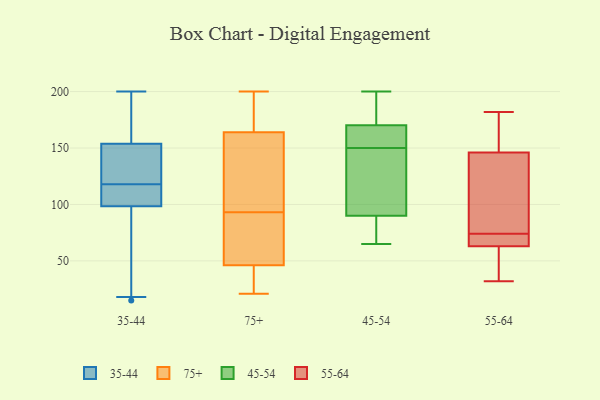
{"axis": {"x": "Churn Rate (%)", "y": "Value"}, "legend": ["35-44", "45-54", "55-64", "75+"], "data": [{"x": "", "y": 155, "type": "35-44"}, {"x": "", "y": 180, "type": "35-44"}, {"x": "", "y": 55, "type": "35-44"}, {"x": "", "y": 170, "type": "35-44"}, {"x": "", "y": 18, "type": "35-44"}, {"x": "", "y": 118, "type": "35-44"}, {"x": "", "y": 116, "type": "35-44"}, {"x": "", "y": 143, "type": "35-44"}, {"x": "", "y": 52, "type": "35-44"}, {"x": "", "y": 127, "type": "35-44"}, {"x": "", "y": 108, "type": "35-44"}, {"x": "", "y": 115, "type": "35-44"}, {"x": "", "y": 15, "type": "35-44"}, {"x": "", "y": 96, "type": "35-44"}, {"x": "", "y": 120, "type": "35-44"}, {"x": "", "y": 106, "type": "35-44"}, {"x": "", "y": 200, "type": "35-44"}, {"x": "", "y": 169, "type": "35-44"}, {"x": "", "y": 150, "type": "35-44"}, {"x": "", "y": 21, "type": "75+"}, {"x": "", "y": 93, "type": "75+"}, {"x": "", "y": 40, "type": "75+"}, {"x": "", "y": 37, "type": "75+"}, {"x": "", "y": 152, "type": "75+"}, {"x": "", "y": 168, "type": "75+"}, {"x": "", "y": 53, "type": "75+"}, {"x": "", "y": 63, "type": "75+"}, {"x": "", "y": 179, "type": "75+"}, {"x": "", "y": 121, "type": "75+"}, {"x": "", "y": 200, "type": "75+"}, {"x": "", "y": 175, "type": "75+"}, {"x": "", "y": 77, "type": "75+"}, {"x": "", "y": 44, "type": "75+"}, {"x": "", "y": 99, "type": "75+"}, {"x": "", "y": 163, "type": "45-54"}, {"x": "", "y": 131, "type": "45-54"}, {"x": "", "y": 177, "type": "45-54"}, {"x": "", "y": 73, "type": "45-54"}, {"x": "", "y": 168, "type": "45-54"}, {"x": "", "y": 65, "type": "45-54"}, {"x": "", "y": 150, "type": "45-54"}, {"x": "", "y": 200, "type": "45-54"}, {"x": "", "y": 171, "type": "45-54"}, {"x": "", "y": 126, "type": "45-54"}, {"x": "", "y": 78, "type": "45-54"}, {"x": "", "y": 66, "type": "55-64"}, {"x": "", "y": 153, "type": "55-64"}, {"x": "", "y": 182, "type": "55-64"}, {"x": "", "y": 33, "type": "55-64"}, {"x": "", "y": 69, "type": "55-64"}, {"x": "", "y": 122, "type": "55-64"}, {"x": "", "y": 79, "type": "55-64"}, {"x": "", "y": 32, "type": "55-64"}, {"x": "", "y": 146, "type": "55-64"}, {"x": "", "y": 63, "type": "55-64"}]}